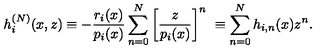
h _ { i } ^ { ( N ) } ( x , z ) \equiv - \frac { r _ { i } ( x ) } { p _ { i } ( x ) } \sum _ { n = 0 } ^ { N } { \left[ \frac { z } { p _ { i } ( x ) } \right] } ^ { n } \ \equiv \sum _ { n = 0 } ^ { N } h _ { i , n } ( x ) z ^ { n } .